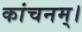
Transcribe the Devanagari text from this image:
कांचनम्।